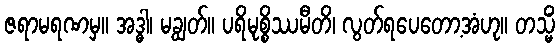
ဇရာမရဏမှ။ အဒ္ဓါ၊ မချွတ်။ ပရိမုစ္စိဿမီတိ၊ လွတ်ရပေတော့အံဟု။ တသ္မိံ